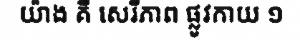
យ៉ាង គឺ សេរីភាព ផ្លូវកាយ ១